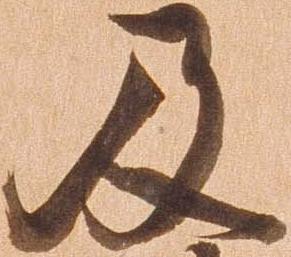
及